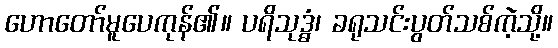
ဟောတော်မူပေကုန်၏။ ပရိသုဒ္ဓံ၊ ခရုသင်းပွတ်သစ်ကဲ့သို့။